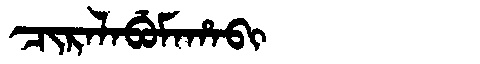
Manchu: ᠴᡳᡵᠠᠯᠠᠪᡠᠮᠠᡥᠠᠪᡳ
Romanization: CIRALABUMAHABI